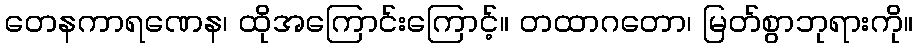
တေနကာရဏေန၊ ထိုအကြောင်းကြောင့်။ တထာဂတော၊ မြတ်စွာဘုရားကို။